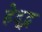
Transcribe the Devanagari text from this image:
हेद्द्न